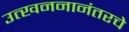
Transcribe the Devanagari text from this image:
उत्खननानंतरचे